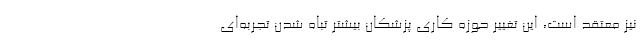
نیز معتقد است، این تغییر حوزه کاری پزشکان بیشتر تباه شدن تجربه‌ای